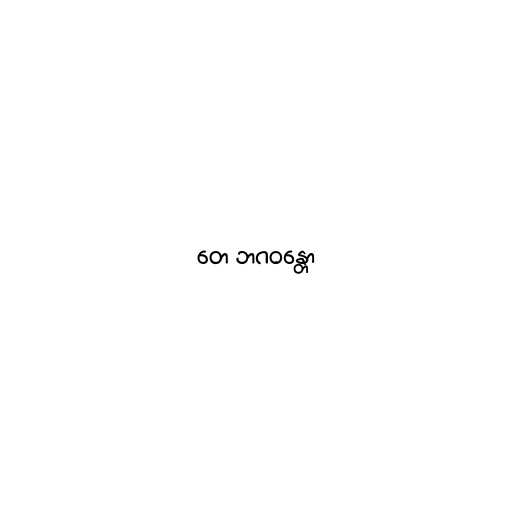
တေ ဘဂဝန္တော